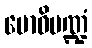
ဗောဓိမဏ္ဍံ